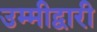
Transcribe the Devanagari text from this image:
उम्मीद्वारी